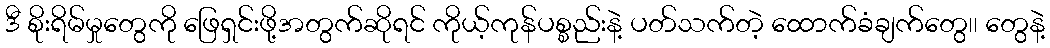
ဒီ စိုးရိမ်မှုတွေကို ဖြေရှင်းဖို့အတွက်ဆိုရင် ကိုယ့်ကုန်ပစ္စည်းနဲ့ ပတ်သက်တဲ့ ထောက်ခံချက်တွေ၊၊ တွေနဲ့